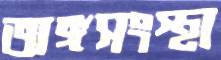
অঙ্গসংস্থা